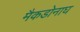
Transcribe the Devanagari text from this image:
मैकडोनाघ